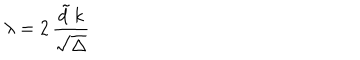
\lambda = 2 \, \frac { { \tilde { d } } \, k } { \sqrt { \Delta } }